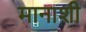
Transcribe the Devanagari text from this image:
मानाशी